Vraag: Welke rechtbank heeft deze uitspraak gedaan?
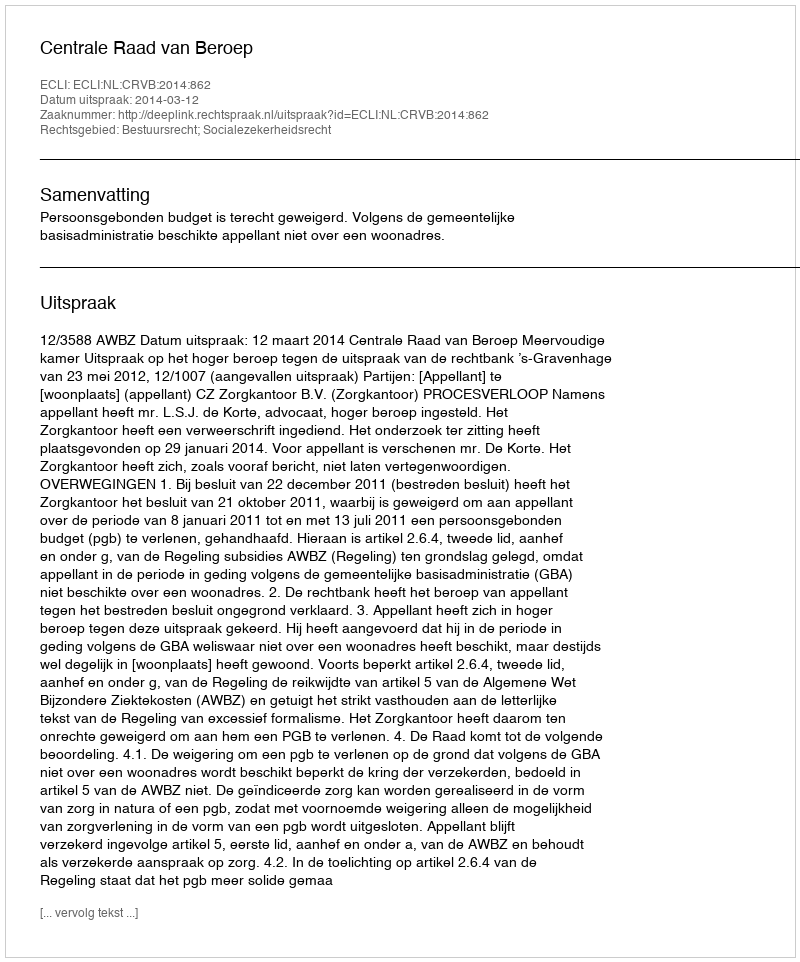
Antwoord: Centrale Raad van Beroep